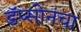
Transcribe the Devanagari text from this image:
डॅप्सोनचा